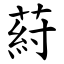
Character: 葤